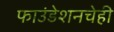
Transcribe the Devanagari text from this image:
फाउंडेशनचेही